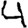
Digit: 4